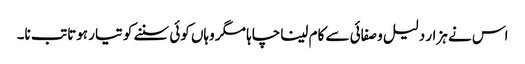
اس نے ہزار دلیل و صفائی سے کام لینا چاہا مگر وہاں کوئی سننے کو تیار ہوتا تب نا۔